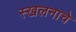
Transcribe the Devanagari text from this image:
स्खलनाचे